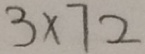
3 \times 7 2